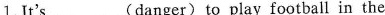
1.It's ___(danger) to play football in the